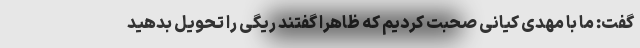
گفت: ما با مهدی کیانی صحبت کردیم که ظاهرا گفتند ریگی را تحویل بدهید